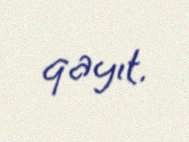
qayıt.